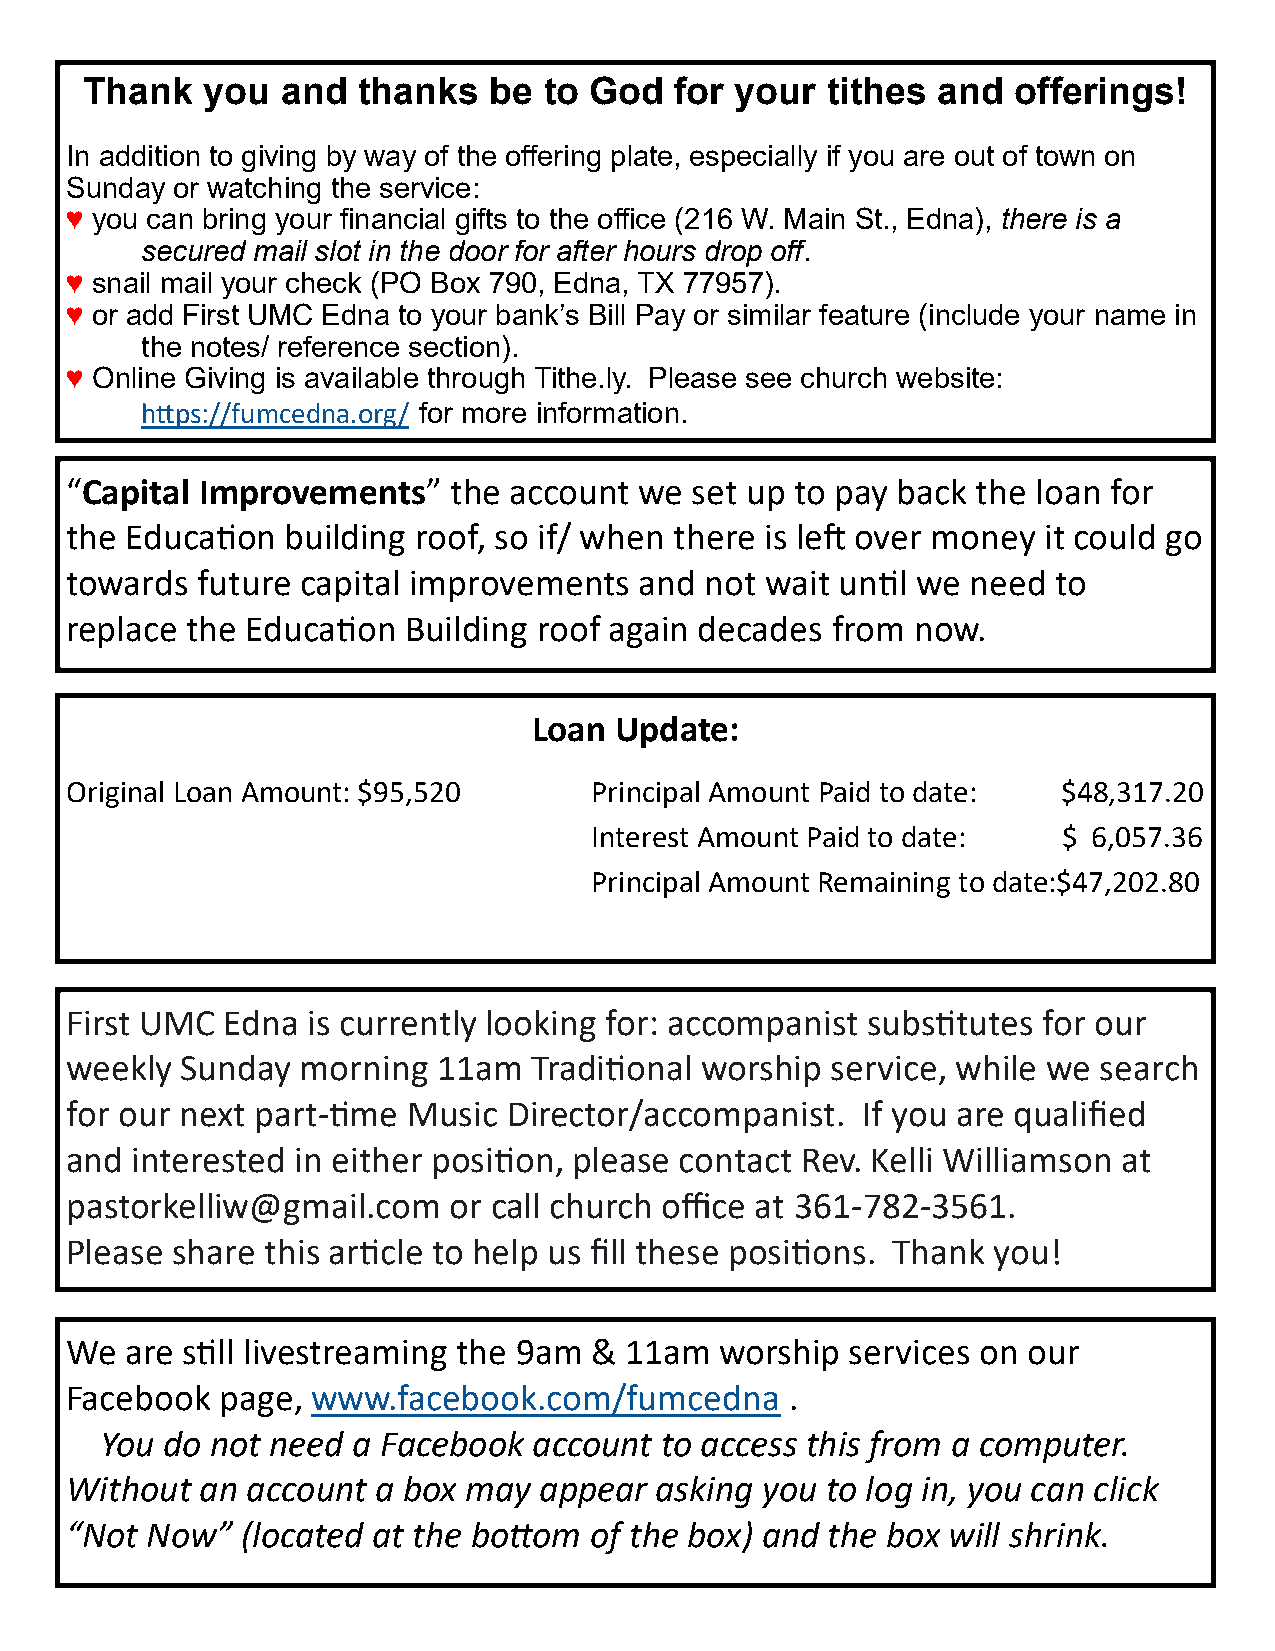
Thank   you   and  thanks  be  to God   for your  tithes and  offerings!
 In addition to giving by way of the offering plate, especially if you are out of town on
 Sunday or watching the service:
 ♥ you can bring your financial gifts to the office (216 W. Main St., Edna), there is a
 secured mail slot in the door for after hours drop off.
 ♥ snail mail your check (PO Box 790, Edna, TX 77957).
 ♥ or add First UMC Edna to your bank’s Bill Pay or similar feature (include your name in
 the notes/ reference section).
 ♥ Online Giving is available through Tithe.ly. Please see church website:
 https://fumcedna.org/ for more information.
 “Capital Improvements”    the account we  set up to pay back the loan for
 the Education  building roof, so if/ when there is left over money it could go
 towards  future capital improvements  and  not wait until we need to
 replace the Education  Building roof again decades from  now.
 Loan  Update:
 Original Loan Amount: $95,520      Principal Amount Paid to date: $48,317.20
 Interest Amount Paid to date:  $ 6,057.36
 Principal Amount Remaining to date:$47,202.80
 First UMC  Edna is currently looking for: accompanist substitutes for our
 weekly  Sunday  morning  11am  Traditional worship service, while we search
 for our next part-time Music  Director/accompanist.  If you are qualified
 and  interested in either position, please contact Rev. Kelli Williamson at
 pastorkelliw@gmail.com    or call church office at 361-782-3561.
 Please share  this article to help us fill these positions. Thank you!
 We  are still livestreaming the 9am & 11am  worship services on our
 Facebook   page, www.facebook.com/fumcedna      .
 You do not need a Facebook  account  to access this from a computer.
 Without  an account  a box may  appear asking you  to log in, you can click
 “Not  Now”  (located at the bottom of the box) and the box will shrink.